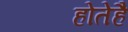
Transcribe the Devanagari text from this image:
होतेहै